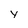
Character: y